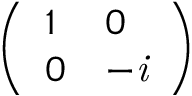
\left( \begin{array} { l l } { 1 } & { 0 } \\ { 0 } & { - \it { i } } \end{array} \right)